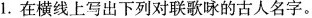
1.在横线上写出下列对联歌咏的古人名字。